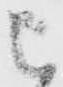
被